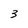
Character: 3